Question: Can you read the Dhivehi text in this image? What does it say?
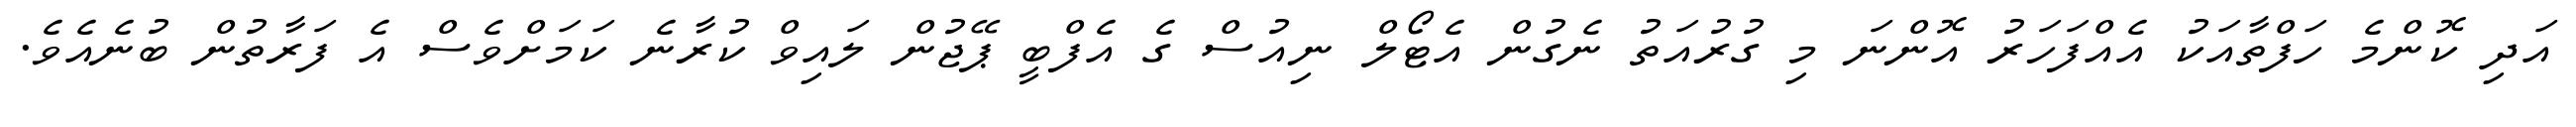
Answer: އަދި ކޮންމެ ހަފްތާއަކު އެއްފަހަރު އޮންނަ މި ގުރުއަތު ނެގުން އެޓޯލް ނިއުސް ގެ އެފްބީ ޕޭޖުން ލައިވް ކުރާނެ ކަމަށްވެސް އެ ފަރާތުން ބުނެއެވެ.